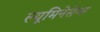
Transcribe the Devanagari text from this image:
ल्यूमिनेसेन्स